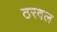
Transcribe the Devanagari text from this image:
ठरवल